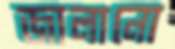
জালানো